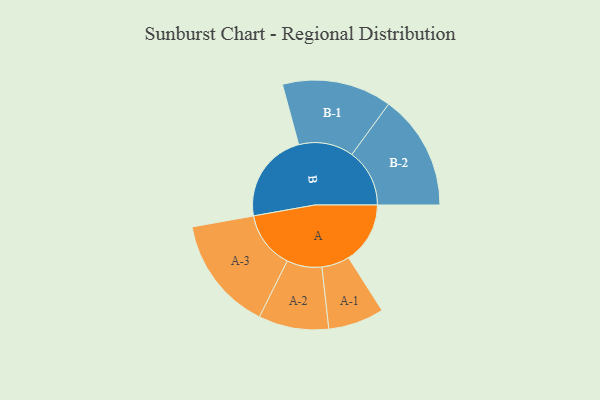
{"axis": {"x": "Segment", "y": "Value"}, "legend": ["", "A", "B"], "data": [{"x": "A", "y": 302, "type": ""}, {"x": "B", "y": 446, "type": ""}, {"x": "A-1", "y": 137, "type": "A"}, {"x": "A-2", "y": 172, "type": "A"}, {"x": "A-3", "y": 281, "type": "A"}, {"x": "B-1", "y": 269, "type": "B"}, {"x": "B-2", "y": 283, "type": "B"}]}